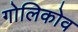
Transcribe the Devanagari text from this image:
गोलिकोव